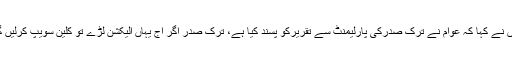
انہوں نے کہا کہ عوام نے ترک صدرکی پارلیمنٹ سے تقریرکو پسند کیا ہے، ترک صدر اگر آج یہاں الیکشن لڑے تو کلین سویپ کرلیں گے۔